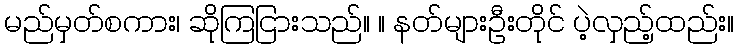
မည်မှတ်စကား၊ ဆိုကြငြားသည်။ ။ နတ်များဦးတိုင် ပဲ့လှည့်ထည်း။